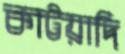
কাটয়াদি